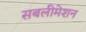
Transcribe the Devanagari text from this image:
सबलीमेशन